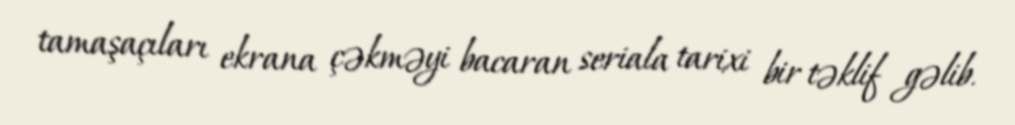
tamaşaçıları ekrana çəkməyi bacaran seriala tarixi bir təklif gəlib.